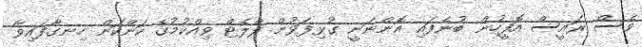
ވެސް ރައީސް އޮފީހުން ބުނެފައި އޮންނަނީ ގުޅިފަޅުން ފްލެޓް ވިއްކުމުގެ ކަންކަން ހިނގާފައިވާ